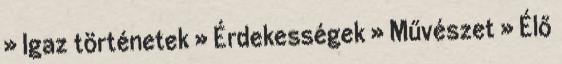
» Igaz történetek » Érdekességek » Művészet » Élő